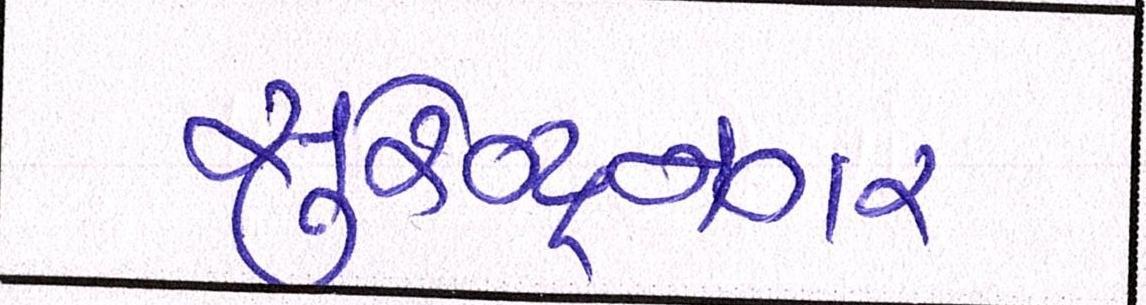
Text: સુરેન્દ્રનગર